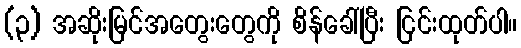
(၃) အဆိုးမြင်အတွေးတွေကို စိန်ခေါ်ပြီး ငြင်းထုတ်ပါ။